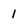
Character: 1